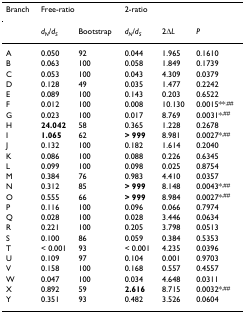
<table><thead><tr><td><b>Branch</b></td><td colspan="2"><b>Free-ratio</b></td><td colspan="3"><b>2-ratio</b></td></tr></thead><tbody><tr><td></td><td><i>d</i><sub><i>N</i></sub>/<i>d</i><sub><i>S</i></sub></td><td>Bootstrap</td><td><i>d</i><sub><i>N</i></sub>/<i>d</i><sub><i>S</i></sub></td><td>2Δ<i>L</i></td><td><i>P</i></td></tr><tr><td>A</td><td>0.050</td><td>92</td><td>0.044</td><td>1.965</td><td>0.1610</td></tr><tr><td>B</td><td>0.063</td><td>100</td><td>0.058</td><td>1.849</td><td>0.1739</td></tr><tr><td>C</td><td>0.053</td><td>100</td><td>0.043</td><td>4.309</td><td>0.0379</td></tr><tr><td>D</td><td>0.128</td><td>49</td><td>0.035</td><td>1.477</td><td>0.2242</td></tr><tr><td>E</td><td>0.089</td><td>100</td><td>0.143</td><td>0.203</td><td>0.6522</td></tr><tr><td>F</td><td>0.012</td><td>100</td><td>0.008</td><td>10.130</td><td>0.0015**<sup>,##</sup></td></tr><tr><td>G</td><td>0.023</td><td>100</td><td>0.017</td><td>8.769</td><td>0.0031*<sup>,##</sup></td></tr><tr><td>H</td><td><b>24.042</b></td><td>58</td><td>0.365</td><td>1.228</td><td>0.2678</td></tr><tr><td>I</td><td><b>1.065</b></td><td>62</td><td><b>&gt; 999</b></td><td>8.981</td><td>0.0027*<sup>,##</sup></td></tr><tr><td>J</td><td>0.132</td><td>100</td><td>0.182</td><td>1.614</td><td>0.2040</td></tr><tr><td>K</td><td>0.086</td><td>100</td><td>0.088</td><td>0.226</td><td>0.6345</td></tr><tr><td>L</td><td>0.099</td><td>100</td><td>0.098</td><td>0.025</td><td>0.8754</td></tr><tr><td>M</td><td>0.384</td><td>76</td><td>0.983</td><td>4.410</td><td>0.0357</td></tr><tr><td>N</td><td>0.312</td><td>85</td><td><b>&gt; 999</b></td><td>8.148</td><td>0.0043*<sup>,##</sup></td></tr><tr><td>O</td><td>0.555</td><td>66</td><td><b>&gt; 999</b></td><td>8.984</td><td>0.0027*<sup>,##</sup></td></tr><tr><td>P</td><td>0.116</td><td>100</td><td>0.096</td><td>0.066</td><td>0.7974</td></tr><tr><td>Q</td><td>0.028</td><td>100</td><td>0.028</td><td>3.446</td><td>0.0634</td></tr><tr><td>R</td><td>0.221</td><td>100</td><td>0.205</td><td>3.798</td><td>0.0513</td></tr><tr><td>S</td><td>0.100</td><td>86</td><td>0.059</td><td>0.384</td><td>0.5353</td></tr><tr><td>T</td><td>&lt; 0.001</td><td>93</td><td>&lt; 0.001</td><td>4.235</td><td>0.0396</td></tr><tr><td>U</td><td>0.109</td><td>97</td><td>0.104</td><td>0.001</td><td>0.9703</td></tr><tr><td>V</td><td>0.158</td><td>100</td><td>0.168</td><td>0.557</td><td>0.4557</td></tr><tr><td>W</td><td>0.047</td><td>100</td><td>0.034</td><td>4.648</td><td>0.0311</td></tr><tr><td>X</td><td>0.892</td><td>59</td><td><b>2.616</b></td><td>8.715</td><td>0.0032*<sup>,##</sup></td></tr><tr><td>Y</td><td>0.351</td><td>93</td><td>0.482</td><td>3.526</td><td>0.0604</td></tr></tbody></table>